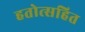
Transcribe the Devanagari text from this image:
हतोत्सहित